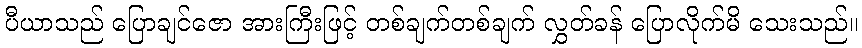
ပီယာသည် ပြောချင်ဇော အားကြီးဖြင့် တစ်ချက်တစ်ချက် လွှတ်ခန် ပြောလိုက်မိ သေးသည်။